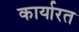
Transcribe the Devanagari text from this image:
कार्यारत